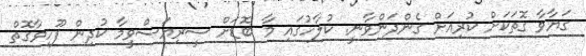
ގަޔާވާ ގޮތަކަށް ކުރިއަށް ގެންދަންވާނީ. ކުލާހުގައި މާ ބޮޑަށް ސީރިޔަސްވީމާ ކުދިން ފޫހިވާގޮތް